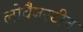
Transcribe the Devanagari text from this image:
लोवैनस्टीन